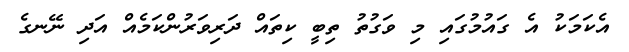
އެކަމަކު އެ ގައުމުގައި މި ވަގުތު ތިބީ ކިތައް ދަރިވަރުންކަމެއް އަދި ނޭނގެ